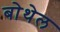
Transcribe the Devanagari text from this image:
बोथेल